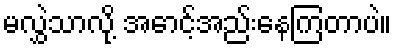
မလွှဲသာလို့ အောင့်အည်းနေကြတာပဲ။